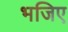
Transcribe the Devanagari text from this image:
भजिए